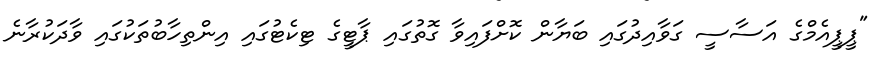
"ޕީޕީއެމްގެ އަސާސީ ގަވާއިދުގައި ބަޔާން ކޮށްފައިވާ ގޮތުގައި ޕާޓީގެ ޓިކެޓުގައި އިންތިހާބުތަކުގައި ވާދަކުރާނެ